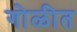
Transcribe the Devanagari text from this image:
गोळीत